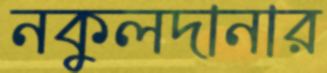
নকুলদানার